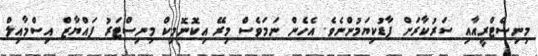
މިނިސްޓްރީއާއި ސަރުކާރަށް ފާޑުކިޔަމުންނެވެ. އެހެން ނަމަވެސް މިރޭ އިކޮނޮމިކް މިނިސްޓަރު ފައްޔާޒް އިސްމާއިލް